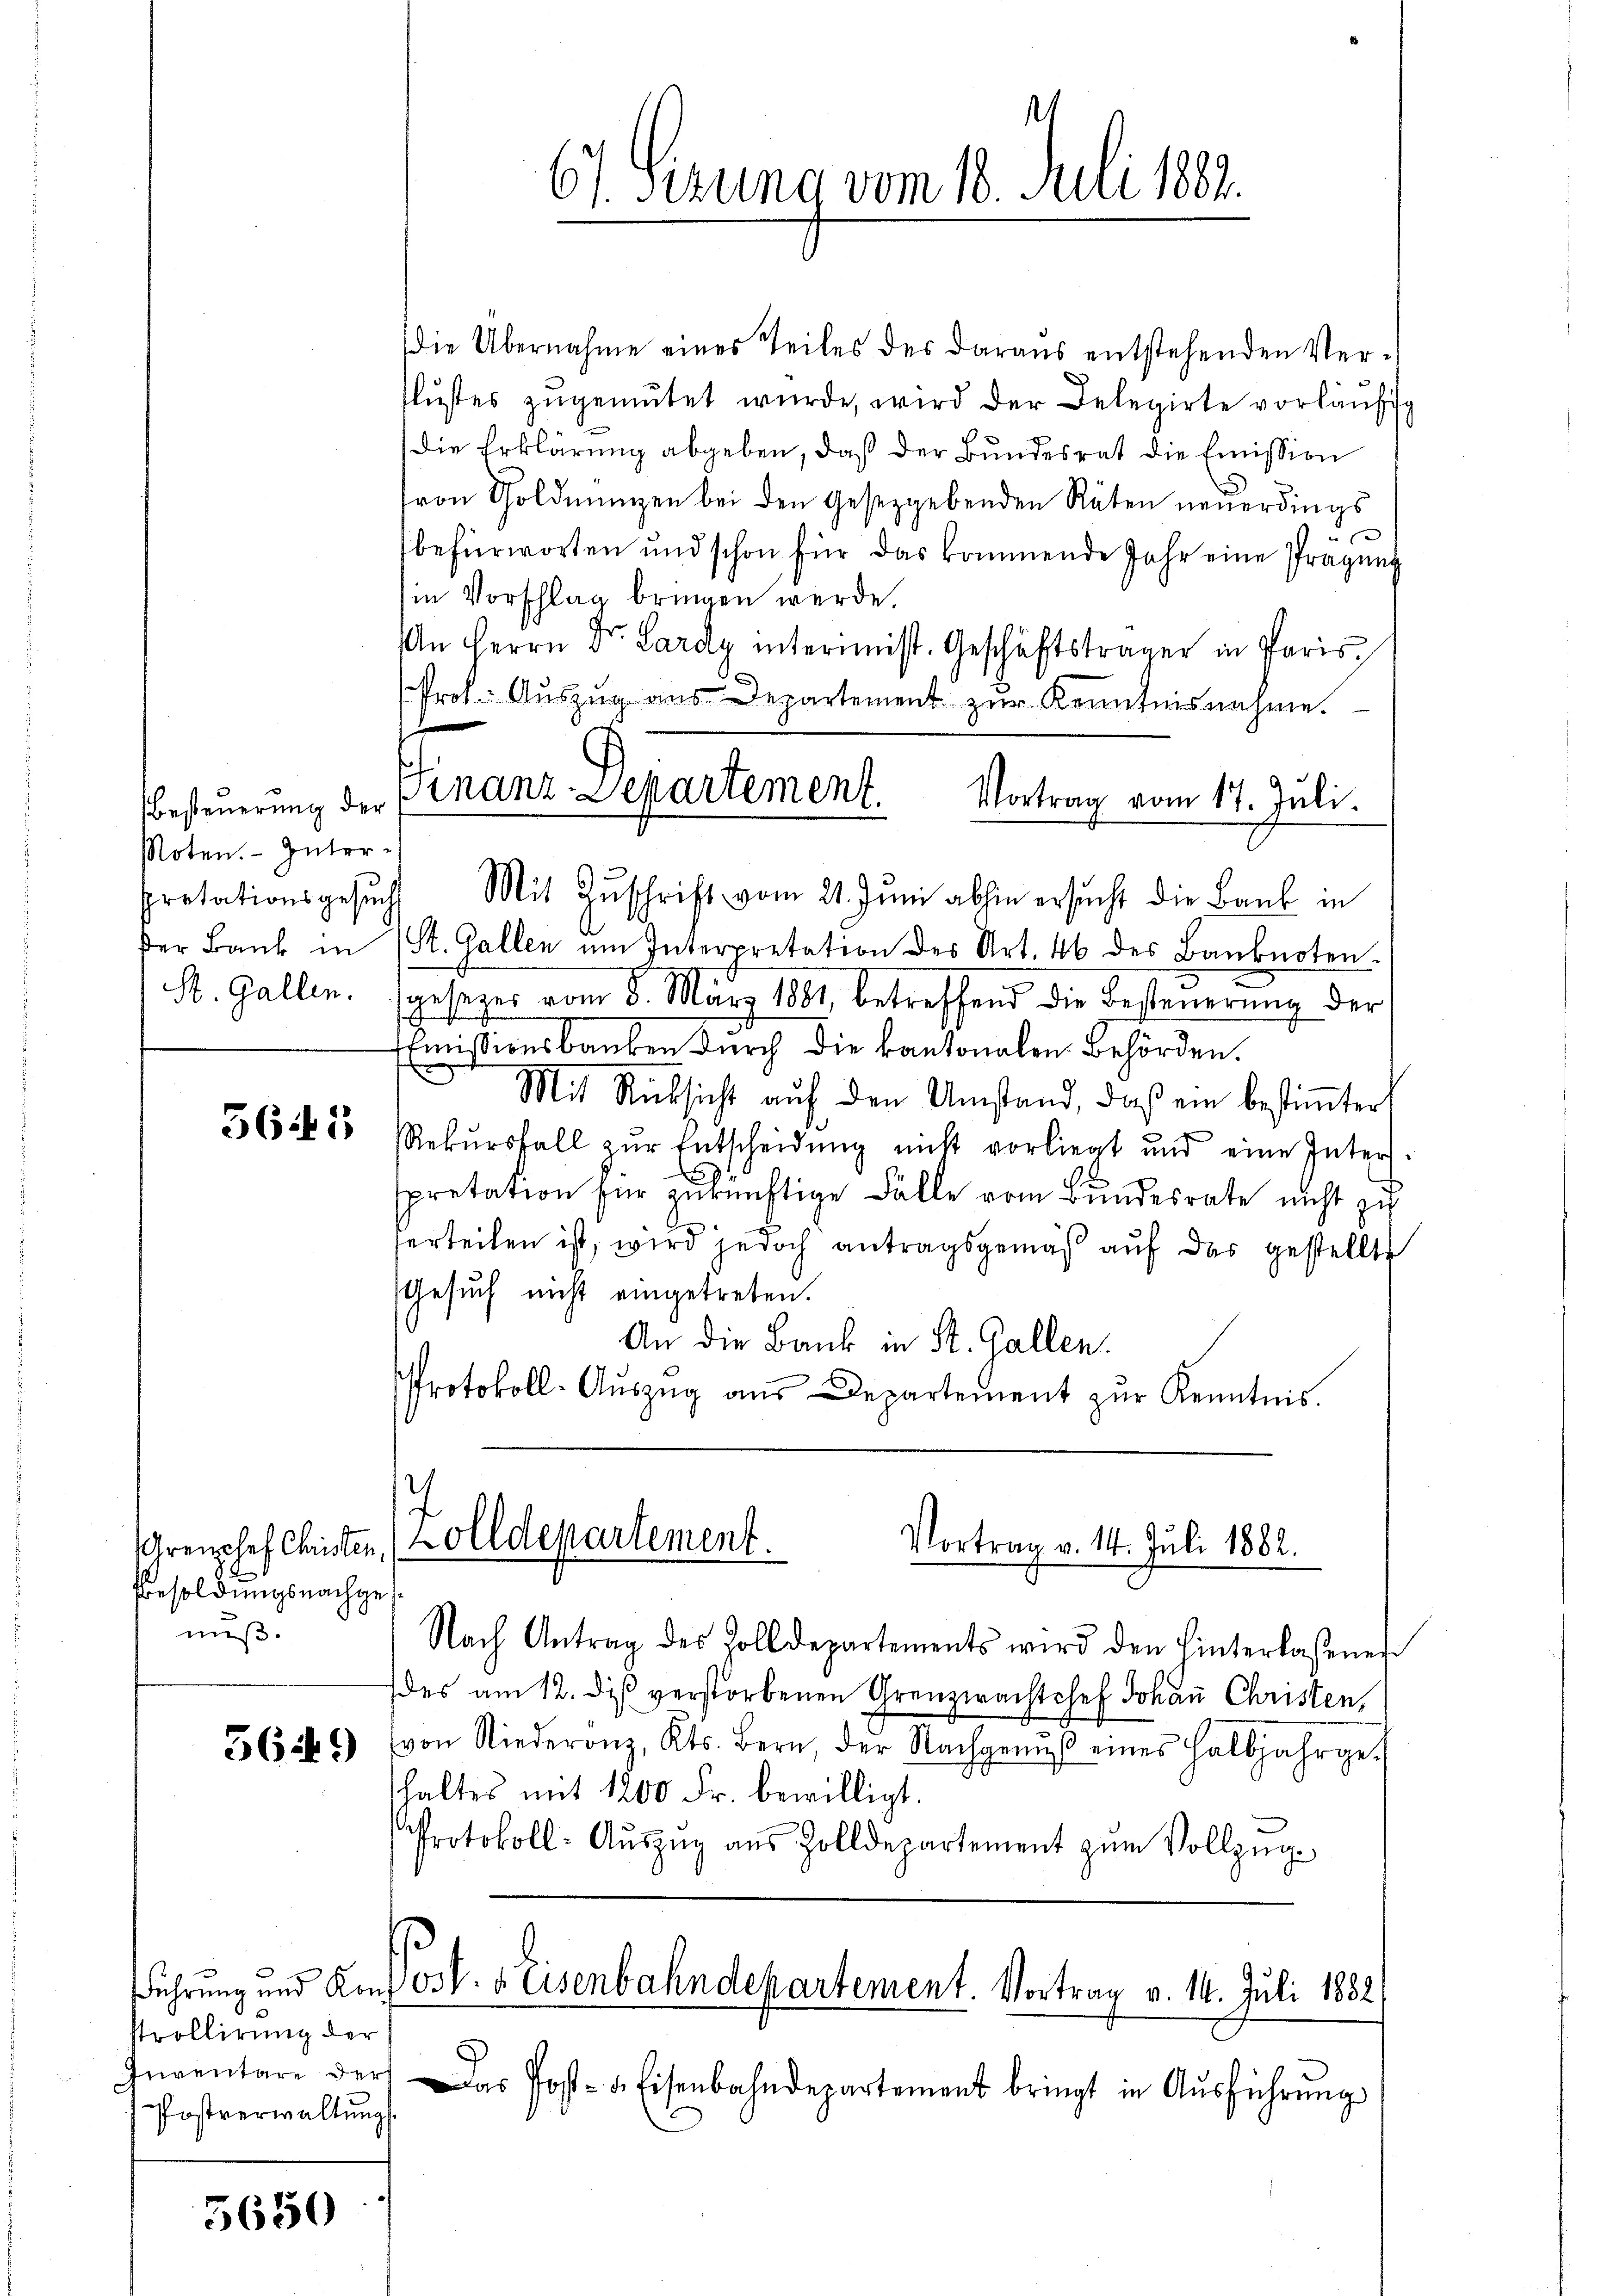
Noten. - Güter-
pretationsgesuch
der Bank in
St. Gallen.

565

Grenzhof Christen,
Besoldungsnachge
niß.

369)

strollirung der
Postverwaltung

5650

die Übernahme eines Teiles des daraus entstehenden Ver-
flŭstes zŭgemŭtet wurde, wird der Delegirte vorläŭfig
die Erklärung abgeben, daß der Bundesrat die Emission
von Soldnŭngen bei den Gesetzgebenden Räten neuerdings
befürworten und schon für das kommende Jahr eine Prägung
in Vorschlag bringen werde.
An Herrn Dr. Lardy intermeist. Geschäftsträger in Paris
Prof. Auszug aus Departement zur Kenntnisnahme.
Mit Zuschrift vom 21. Juni abhin ersucht die Bank in
(St. Gallen ŭm Interpretation des Art. 46 des Banknoten.
gesezes vom 3. März 1881, betreffend die Besteŭerŭng der
Emissionsbanken durch die kantonalen Behörden.
Mit Rücksicht aŭf den Umstand, daß ein bestiṁter
Rekŭrsfall zŭr Entscheidŭng nicht vorliegt und eine Inter
x
pretation für zukünftige Fälle vom Bundesrate nicht zu
erteilen ist, wird jedoch antragsgemäß auf das gestellte
Gesuch nicht eingetreten.
An die Bank in St. Gallen.
Protokoll-Aŭszŭg aŭs Departement zŭr Kenntnis.

1
67. Sizung vom 18. Juli 1882.

Besteŭerŭng der Finanz-Departement. Vortrag vom 17. Juli.

7
olldepartement.
Vortrag v. 14. Juli 1882.
e

Nach Antrag des Zolldepartements wird den Hinterlassener
des am 12. dis verstorbenen Grenzwachtchef Johan Christen,
von Niederonz, Kts. Bern, der Nachgenŭβ eines halbjahrge-
haltes mit 1200 Fr. bewilligt.
Protokoll-Aŭszŭg aŭs Zolldepartement zŭm Vollzŭg-

Führung und Konf 130. v. Eisenbahndepartement. Vortrag v. 14. Juli 1882

Inventare der das Post- & Eisenbahndepartement bringt in Aŭsführŭng